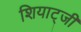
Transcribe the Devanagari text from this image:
शियाट्जी